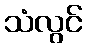
သံလွင်